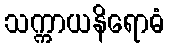
သက္ကာယနိရောဓံ